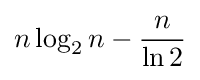
n\log _{2}n-{\frac {n}{\ln 2}}